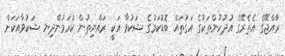
ރާއްޖޭގެ އެތެރޭގެ އުދުހުންތަކުގެ އަގުތައް ބޮޑުކަމުގެ ޝަކުވާ އަކީ ރައްޔިތުން ކުރަމުންދިޔ ޝަކުވާއަކަށް